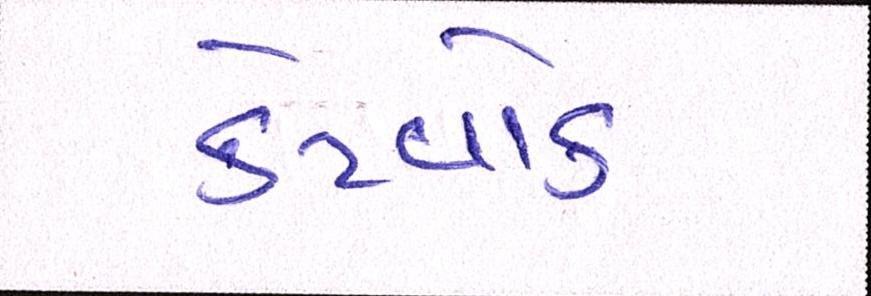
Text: કેટવોક